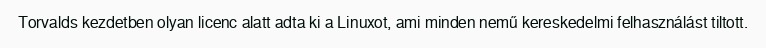
Torvalds kezdetben olyan licenc alatt adta ki a Linuxot, ami minden nemű kereskedelmi felhasználást tiltott.